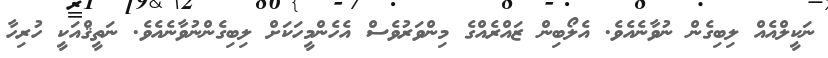
ނަކީލްއެއް ލިބިގެން ނުވާނެއެވެ. އެލޯބިން ޒައްރެއްގެ މިންވަރުވެސް އެހެންމީހަކަށް ލިބިގެންނުވާނެއެވެ. ނަތީޤްއަކީ ހުރިހާ